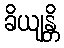
ခိယျန္တိ